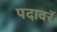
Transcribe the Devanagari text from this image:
पदावरॅ